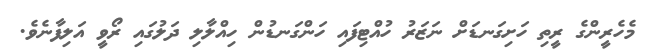
މެހެރީންގެ ރީތި ހަށިގަނޑަށް ނަޒަރު ހުއްޓިފައި ހަންގަނޑުން ހިއްލާލި ދަލުގައި ރޯވީ އަލިފާނެވެ.